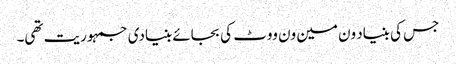
جس کی بنیاد ون مین ون ووٹ کی بجائے بنیادی جمہوریت تھی۔